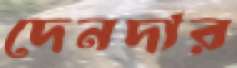
দেনদার